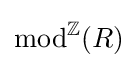
\operatorname {mod} ^{\mathbb {Z}}(R)